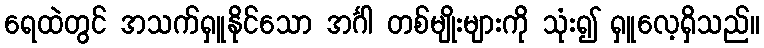
ရေထဲတွင် အသက်ရှူနိုင်သော အင်္ဂါ တစ်မျိုးများကို သုံး၍ ရှူလေ့ရှိသည်။